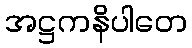
အဋ္ဌကနိပါတေ